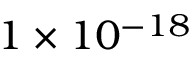
1 \times 1 0 ^ { - 1 8 }